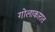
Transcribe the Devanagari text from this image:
गोलाकारात